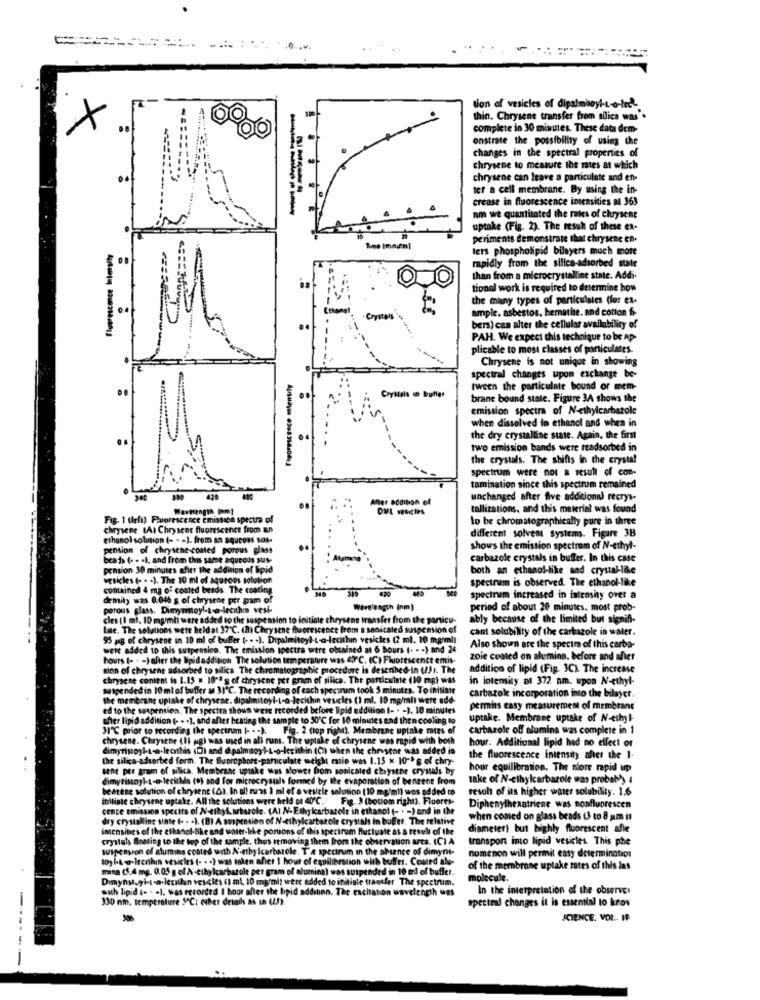
tion of vesicles of dipalmitoyl-t-a-inst
thin. Chrysene transfer from silica was".
complete in 30 minutes. These data dem-
onstrate the possibility of using the
changes in the spectral properties of
chrysene to measure the mies at which
chrysene can leave a particulate and en-
ter a cell membrane. By using the in-
crease in fluorescence intensities a 363
nm we quantitated the rates of chrysene
uptake (Fig. 2). The resuh of these ex-
periments demonstrate that chrysene en.
ters phospholipid bilayers much more
rapidly from the silice-adsorbed state
than from a microcrystalline state. Addi-
tional work is required to determine how
the many types of particulales (for ex-
ample. asbestos, hematite. and cotton fi-
Crystals
bers) can alter the cellular availability of
PAH. We expect this technique to be Ap-
plicable to most classes of particulates.
Chrysene is not unique in showing
spectral changes upon exchange be-
tween the particulate bound or mem-
Crystals m Bulles
brane bound state. Figure 3A shows the
emission spectra of N-ethylcarbazole
when dissolved in ethanol and when in
the dry crystalline state. Again, the first
two emission bands were readsorbed in
the crystals. The shifts in the crystal
spectrum were not a result of con-
tamination since this spectrum remained
420
unchanged after five additional recrys-
tallizations, and this material was found
Fig. 1 (left). Fluorescence emission spectra of
to be chromatographically pure in three
chrysene (A) Chrysene fluorescence from an
ethanol solution (- - - ). from an aqucoss sos.
different solvent systems. Figure 3B
pension of chrysene-coated porous glass
shows the emission spectrum of N-ethyl-
beads (. . . ), and from this samme aqueous sus-
carbazole crystals in buffer. In this case
pension 30 minutes after the addition of lipid
both an ethanol-like and crystal-like
vesicles (- . . ). The 10 ml of aqurons solution
spectrum is observed. The ethanol-like
contained 4 mg of coated beads. The costing
mily was 0.046 s of chrysene por gam o!
spectrum increased in intensity over a
porous glass, Dimymtoyl-t-a-lecithin vesi-
Wavelength inm)
period of about 20 minutes. most prob-
cles (1 ml. 10 mg/ml) were added to the suspension to initiate chrysene transfer from the
nicy-
ably because of the limited but signifi-
late. The solutions were held at 37℃. (2) Chrysene
cant solubility of the carbazole in water.
95 jag of chrysene in 10 ml of buffer (. . . ). Dipalmitoyl-t-a-lecithin vesicles (2 ml. 10
ml. 10
weit added to this suspension. The emission spectra were obtained at 6 hours (. . . )
(. . . ) and 24
Also shown are the spectre of this carba-
hours (- . - ) after the Ipidaddition The solution temperature was &C. (C) Fluorescen
iescence emis
zoie coated on alumina. before and after
tion of chrysene adsorbed to silica The chromatographic procedure is desenhed-in (
cd-in (3). The
addition of lipid (Fig. 3C). The increase
chrysene contem io 1.15 = 1012 g of chrysche per gram of silica. The particuinte (10
e (30 mg) was
in intensity at 372 nm. upon N-ethyl-
uspended in 10 ml of buffer an 31'℃. The recording
tes. To initiate
the membrane uptake of chrysene. dipalmitoyl-t-a-Jecithin vesicles (1 ml. 10 mg/ml) w
/ml) were add
carbazole incorporation into the bilayer.
ed to the spapen
ed to the spapension. The spectra shoun were recorded before lipid addition (- . - ). 10
-). 10 minutes
permins casy measurement of membrane
sher lipid addition (- . . ), and after heating the sample to 50℃ for 10 minutes end then co
then cooling to
uptake. Membrane uptake of N-ethyl-
31'℃ prior to recording the spectrum I- . . ).
Fig. 2 (top right). Membrane uptake
pinke mirs of
carbarole off alumina was complete in 1
chrysene.
pid with both
hour. Additional lipid had no effect or
was added in
the silica-assorted form. The Bluprophort-particulate weight ratio was 1.15 x 10">
10-s of chry
chry
the fluorescence intensity after the 1.
he crymals by
hour equilibration. The store rapid up
eciMa (9) and fo
icrocrysis fo
benzene from
take of N-ethylcarbarole was probat'y 4
benzene solution of chrysent (0).
Il mas 1 ml of
wos added to
resch of its higher water solubility. 1.6
infilinte chrysene uptake. All the solutions were held ot 40℃.
Fig. 3 (bottom right). F
ights. Fluores-
cence emission spectra of N-ethyl. starole. (AI N-Ethykarbazole in ethanol (- . - ) an
-) and in the
Diphenylhexatriene was nonfluorescen
dry crystalline state (- - . ). (B) A suspension of N-ethylcartozole crystals in buffer. The
The relative
when comed on glass beads (3 to 8 pm it
intensines of the ethanol-bike and unter-bike portions of this spectrum Butluste as a tese
result of the
diameter) but highly fluorescent afle
crystals Bloating to the top of the sample. thus temo
on Mes. (CIA
transpon imo lipid vesicles. This phe
suspension of alumthe coated with N'-etby Icarbazole. T'a spectrum in the absence of
ce of dimyris-
nomenon will permit easy determination
1oy l-to-Irenhin vesicles (. . . ) was taken afier 1 hour
1. Courd alu-
mina (5.4 mg. 0.05 g of A-ethylcarbarole per gram of alumina) was suspended in 10 ml of
o end of buffer.
of the membrane uptake rates of this ins
Dimyny.gi-t-a-letillan ves-cles (1 ml, 10 mg/ml) were added to initiate transfer The sp
The spectrum.
molecule.
Bath lipid (. . . ). was recorded I bour after the bpid addition. The eachation waveleng
In the interpretation of the observer
330 nm. temperature 5℃: euher detaih as in (!).
spectral changes it is essential to krov
SCIENCE. VOL .- I9